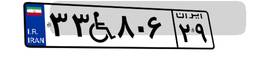
۳۳W۸۰۶۲۹